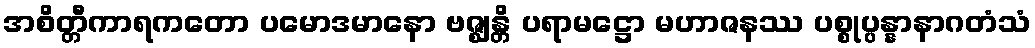
အစိတ္တီကာရကတော ပမောဒမာနော ဗဇ္ဈန္တိ ပရာမဋ္ဌော မဟာဇနဿ ပစ္စုပ္ပန္နာနာဂတံသံ